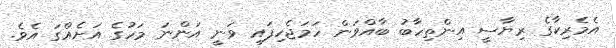
އެމެރިކާގެ ރިޔާސީ އިންތިހާބު ބާއްވަން ހަމަޖެހިފައި ވަނީ އަންނަ މަހުގެ އަށެއްގަ އެވެ.